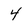
Character: 4